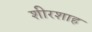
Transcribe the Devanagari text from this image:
शीरशाह